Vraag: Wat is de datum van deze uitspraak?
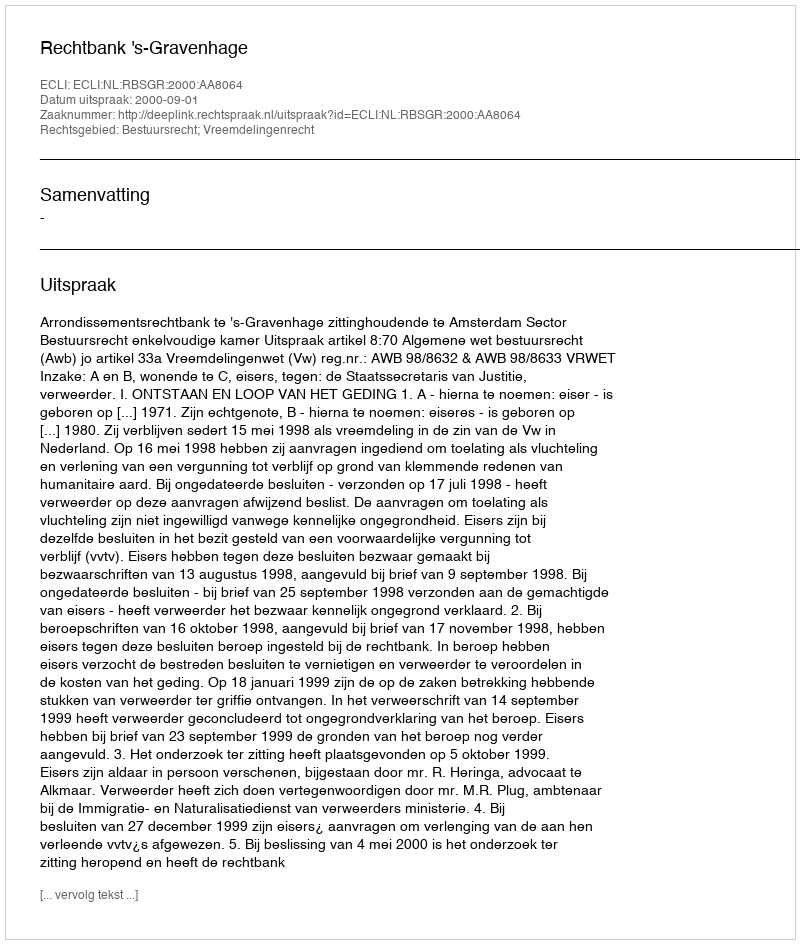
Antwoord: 2000-09-01